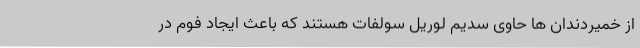
از خمیردندان ها حاوی سدیم لوریل سولفات هستند که باعث ایجاد فوم در